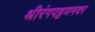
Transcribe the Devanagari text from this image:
श्रीरंगपट्टणमवर